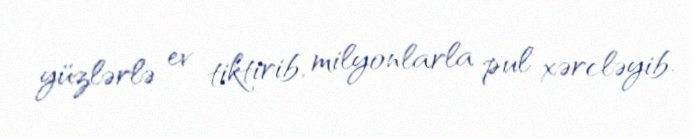
yüzlərlə ev tiktirib, milyonlarla pul xərcləyib.